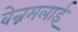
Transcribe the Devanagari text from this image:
वेन्नमलाई